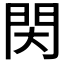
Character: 𨳓